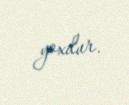
yoxdur.